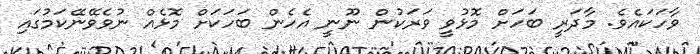
ވާހަކައެވެ. މާދަރީ ބަހަށް މޮޅުވީ ވަރަކުން ނޫނީ އެހެން ބަހަކަށް މޮޅެއް ނުވެވޭނޭކަމުގައި